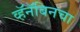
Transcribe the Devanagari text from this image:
व्हॅनॅबिनचा